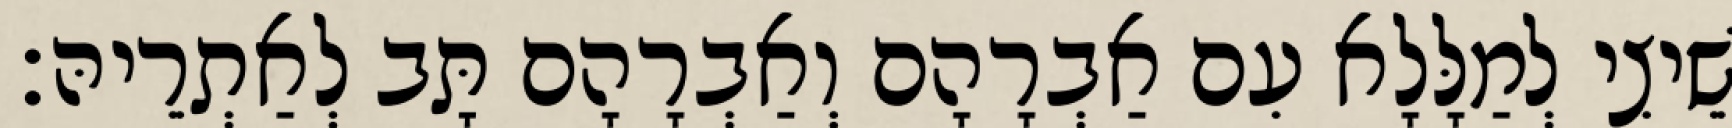
שֵׁיצִי לְמַלָּלָא עִם אַבְרָהָם וְאַבְרָהָם תָּב לְאַתְרֵיהּ׃